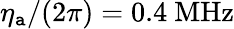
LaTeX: \eta_{\mathtt{a}}/(2\pi)=0.4~\mathrm{{MHz}}